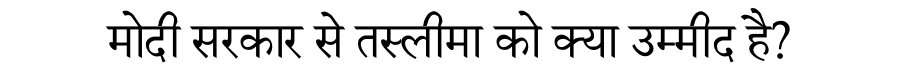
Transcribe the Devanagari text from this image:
मोदी सरकार से तस्लीमा को क्या उम्मीद है?